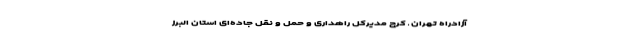
آزادراه تهران ـ کرج مدیرکل راهداری و حمل و نقل جاده‌ای استان البرز